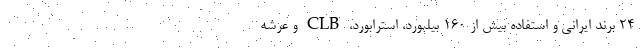
24 برند ایرانی و استفاده‌ بیش از ۱۶۰ بیلبورد، استرابورد، CLB و عرشه